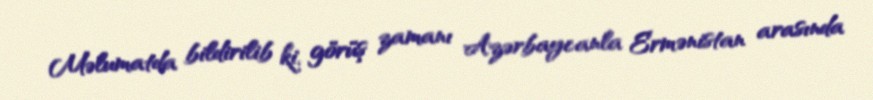
Məlumatda bildirilib ki, görüş zamanı Azərbaycanla Ermənistan arasında